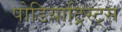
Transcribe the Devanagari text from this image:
पोडियाट्रिस्ट्स